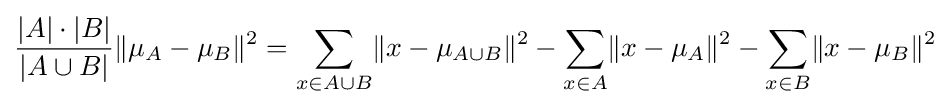
{\frac {|A|\cdot |B|}{|A\cup B|}}\lVert \mu _{A}-\mu _{B}\rVert ^{2}=\sum _{x\in A\cup B}\lVert x-\mu _{A\cup B}\rVert ^{2}-\sum _{x\in A}\lVert x-\mu _{A}\rVert ^{2}-\sum _{x\in B}\lVert x-\mu _{B}\rVert ^{2}